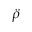
\ddot { \rho }